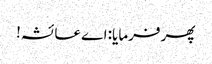
پھر فرمایا: اے عائشہ!